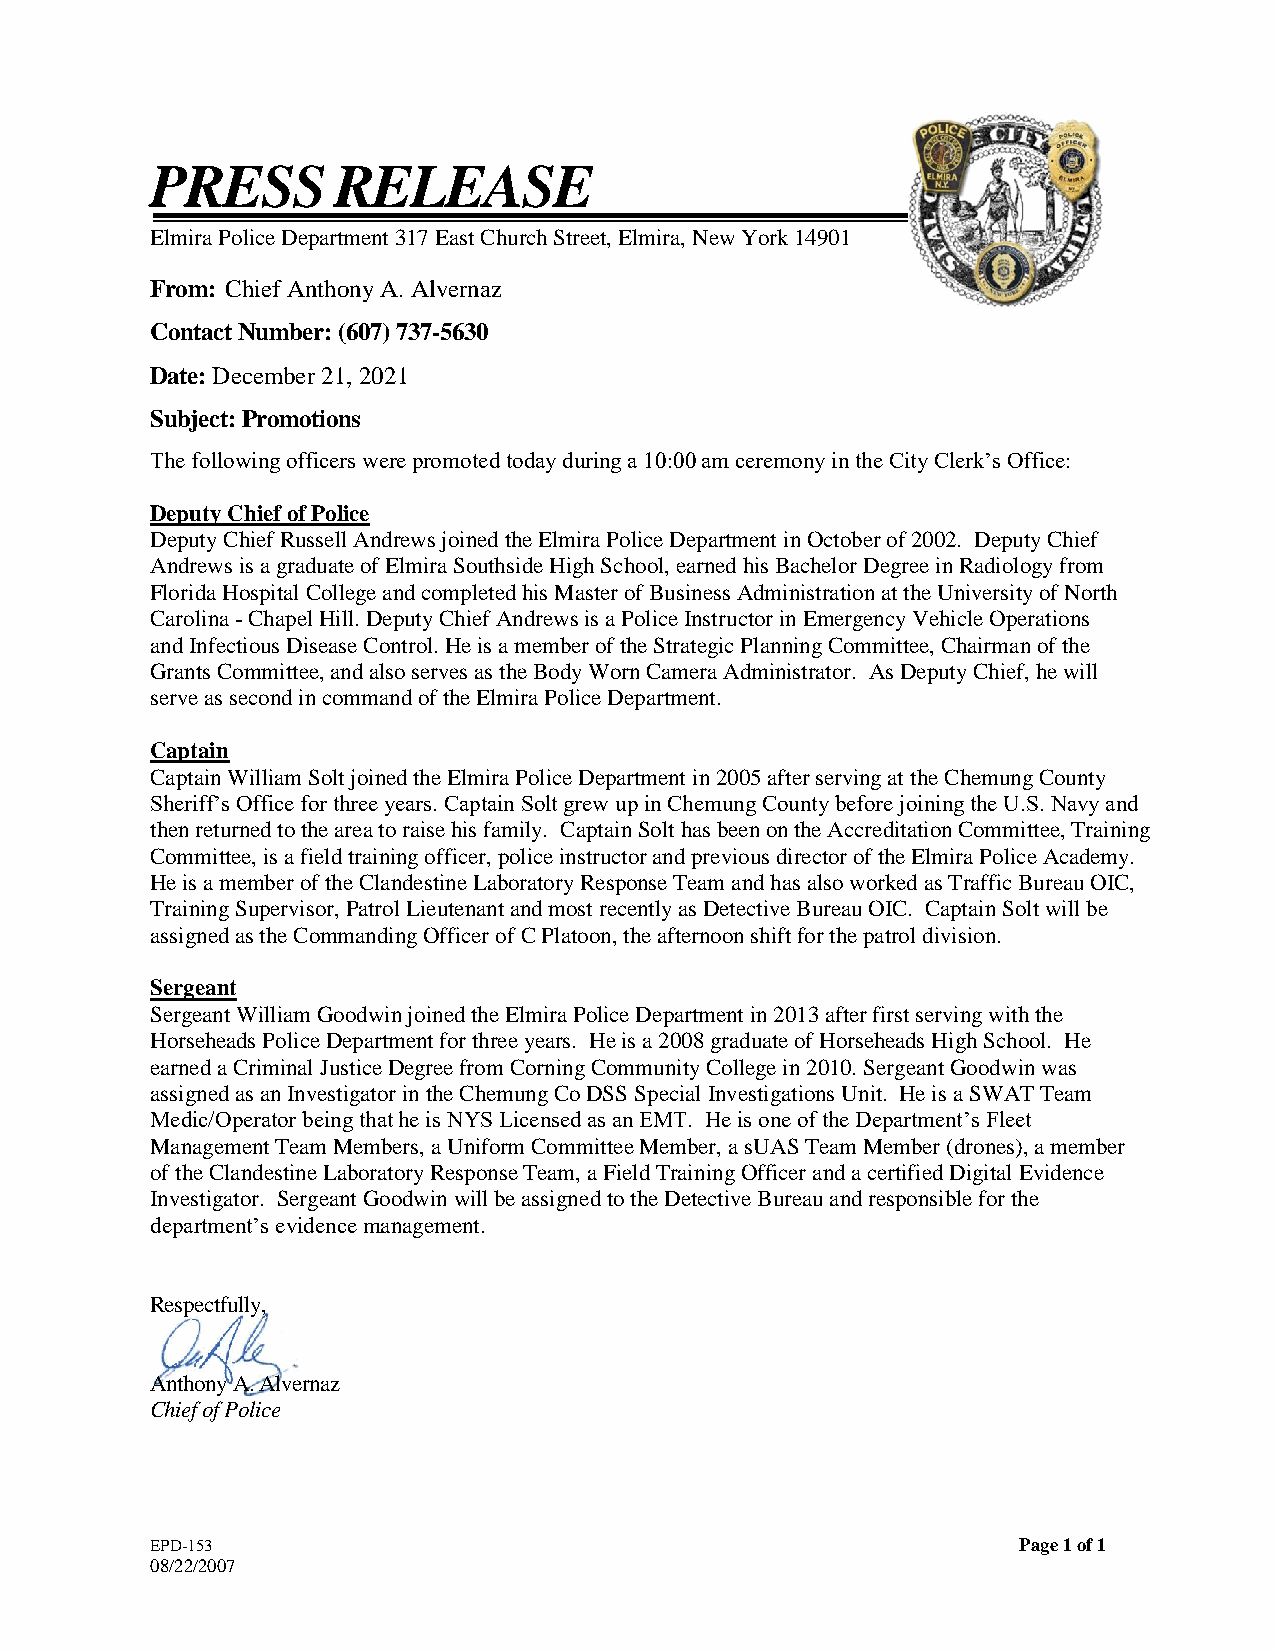
PRESS       RELEASE
 Elmira Police Department 317 East Church Street, Elmira, New York 14901
 From: Chief Anthony A. Alvernaz
 Contact Number: (607) 737-5630
 Date: December 21, 2021
 Subject: Promotions
 The following officers were promoted today during a 10:00 am ceremony in the City Clerk’s Office:
 Deputy Chief of Police
 Deputy Chief Russell Andrews joined the Elmira Police Department in October of 2002. Deputy Chief
 Andrews is a graduate of Elmira Southside High School, earned his Bachelor Degree in Radiology from
 Florida Hospital College and completed his Master of Business Administration at the University of North
 Carolina - Chapel Hill. Deputy Chief Andrews is a Police Instructor in Emergency Vehicle Operations
 and Infectious Disease Control. He is a member of the Strategic Planning Committee, Chairman of the
 Grants Committee, and also serves as the Body Worn Camera Administrator. As Deputy Chief, he will
 serve as second in command of the Elmira Police Department.
 Captain
 Captain William Solt joined the Elmira Police Department in 2005 after serving at the Chemung County
 Sheriff’s Office for three years. Captain Solt grew up in Chemung County before joining the U.S. Navy and
 then returned to the area to raise his family. Captain Solt has been on the Accreditation Committee, Training
 Committee, is a field training officer, police instructor and previous director of the Elmira Police Academy.
 He is a member of the Clandestine Laboratory Response Team and has also worked as Traffic Bureau OIC,
 Training Supervisor, Patrol Lieutenant and most recently as Detective Bureau OIC. Captain Solt will be
 assigned as the Commanding Officer of C Platoon, the afternoon shift for the patrol division.
 Sergeant
 Sergeant William Goodwin joined the Elmira Police Department in 2013 after first serving with the
 Horseheads Police Department for three years. He is a 2008 graduate of Horseheads High School. He
 earned a Criminal Justice Degree from Corning Community College in 2010. Sergeant Goodwin was
 assigned as an Investigator in the Chemung Co DSS Special Investigations Unit. He is a SWAT Team
 Medic/Operator being that he is NYS Licensed as an EMT. He is one of the Department’s Fleet
 Management Team Members, a Uniform Committee Member, a sUAS Team Member (drones), a member
 of the Clandestine Laboratory Response Team, a Field Training Officer and a certified Digital Evidence
 Investigator. Sergeant Goodwin will be assigned to the Detective Bureau and responsible for the
 department’s evidence management.
 Respectfully,
 Anthony A. Alvernaz
 Chief of Police
 EPD-153                                                  Page 1 of 1
 08/22/2007